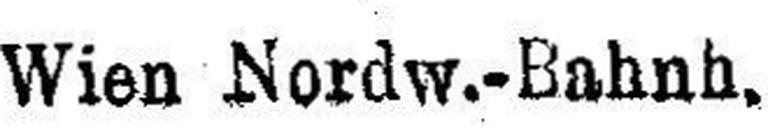
Wien Nordw.-Bahnh.